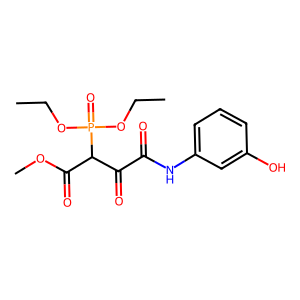
SMILES: CCOP(=O)(OCC)C(C(=O)OC)C(=O)C(=O)Nc1cccc(O)c1
Inhibits HIV replication: No